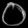
Digit: ၀